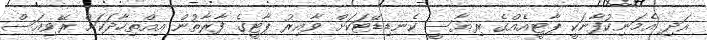
އަދި އެމަނިކުފާނަކީ ޕާޓީއެއްގެ ރިޔާސީ ކެނޑިޑޭޓަކަށް ވާއިރު ޕާޓީގެ ފާރާތުން އިއްތިހާދަކަށް ރޭވިއަސް